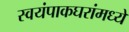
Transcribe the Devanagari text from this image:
स्वयंपाकघरांमध्ये